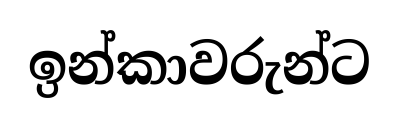
ඉන්කාවරුන්ට